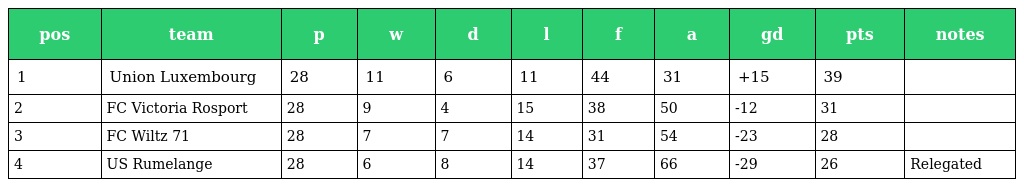
| pos | team | p | w | d | l | f | a | gd | pts | notes |
 | --- | --- | --- | --- | --- | --- | --- | --- | --- | --- | --- |
 | 1 | Union Luxembourg | 28 | 11 | 6 | 11 | 44 | 31 | +15 | 39 |  |
 | 2 | FC Victoria Rosport | 28 | 9 | 4 | 15 | 38 | 50 | -12 | 31 |  |
 | 3 | FC Wiltz 71 | 28 | 7 | 7 | 14 | 31 | 54 | -23 | 28 |  |
 | 4 | US Rumelange | 28 | 6 | 8 | 14 | 37 | 66 | -29 | 26 | Relegated |